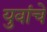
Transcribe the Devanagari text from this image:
युवांचे